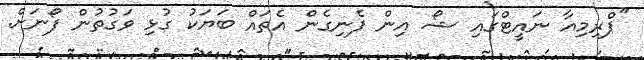
"ޕްރިމިއާ ނައީޓްގައި ޝޯ އިން ފެނިގެން އެތައް ބަޔަކު ގުޅި ވަގުތުން ފޯނަށް.